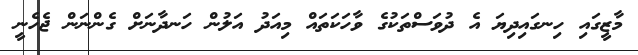
މާޒީގައި ހިނގައިދިޔަ އެ ދުވަސްތަކުގެ ވާހަކަތައް މިއަދު އަލުން ހަނދާނަށް ގެންނަން ޖެހެނީ